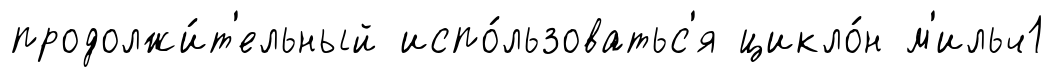
продолжи́т'ельный испо́льзоватьс'я цикло́н м'ильч1